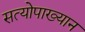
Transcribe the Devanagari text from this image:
सत्योपाख्यान